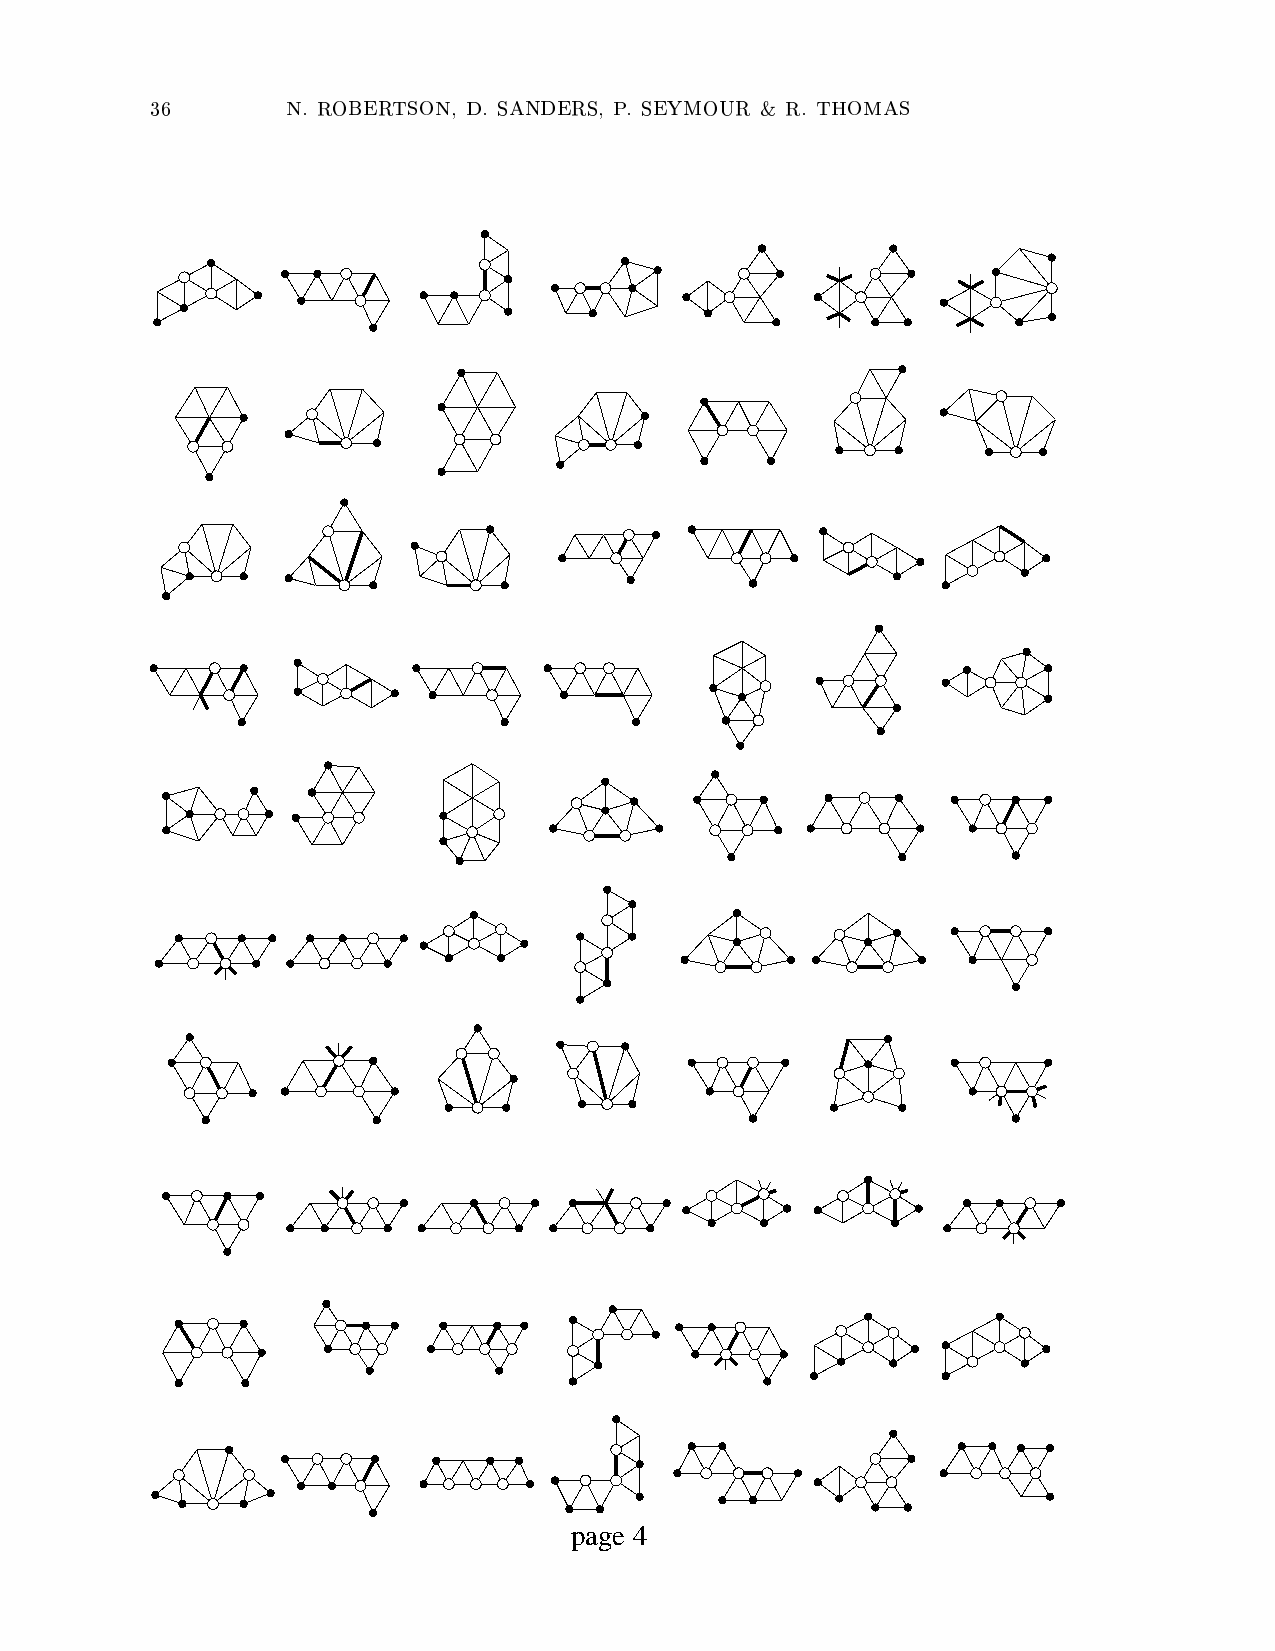
page 4
 3 6      N . R O B E R T S O N , D . S A N D E R S , P . S E Y M O U R & R . T H O M A S